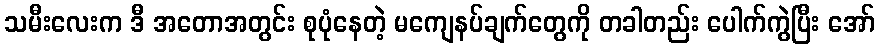
သမီးလေးက ဒီ အတောအတွင်း စုပုံနေတဲ့ မကျေနပ်ချက်တွေကို တခါတည်း ပေါက်ကွဲပြီး အော်